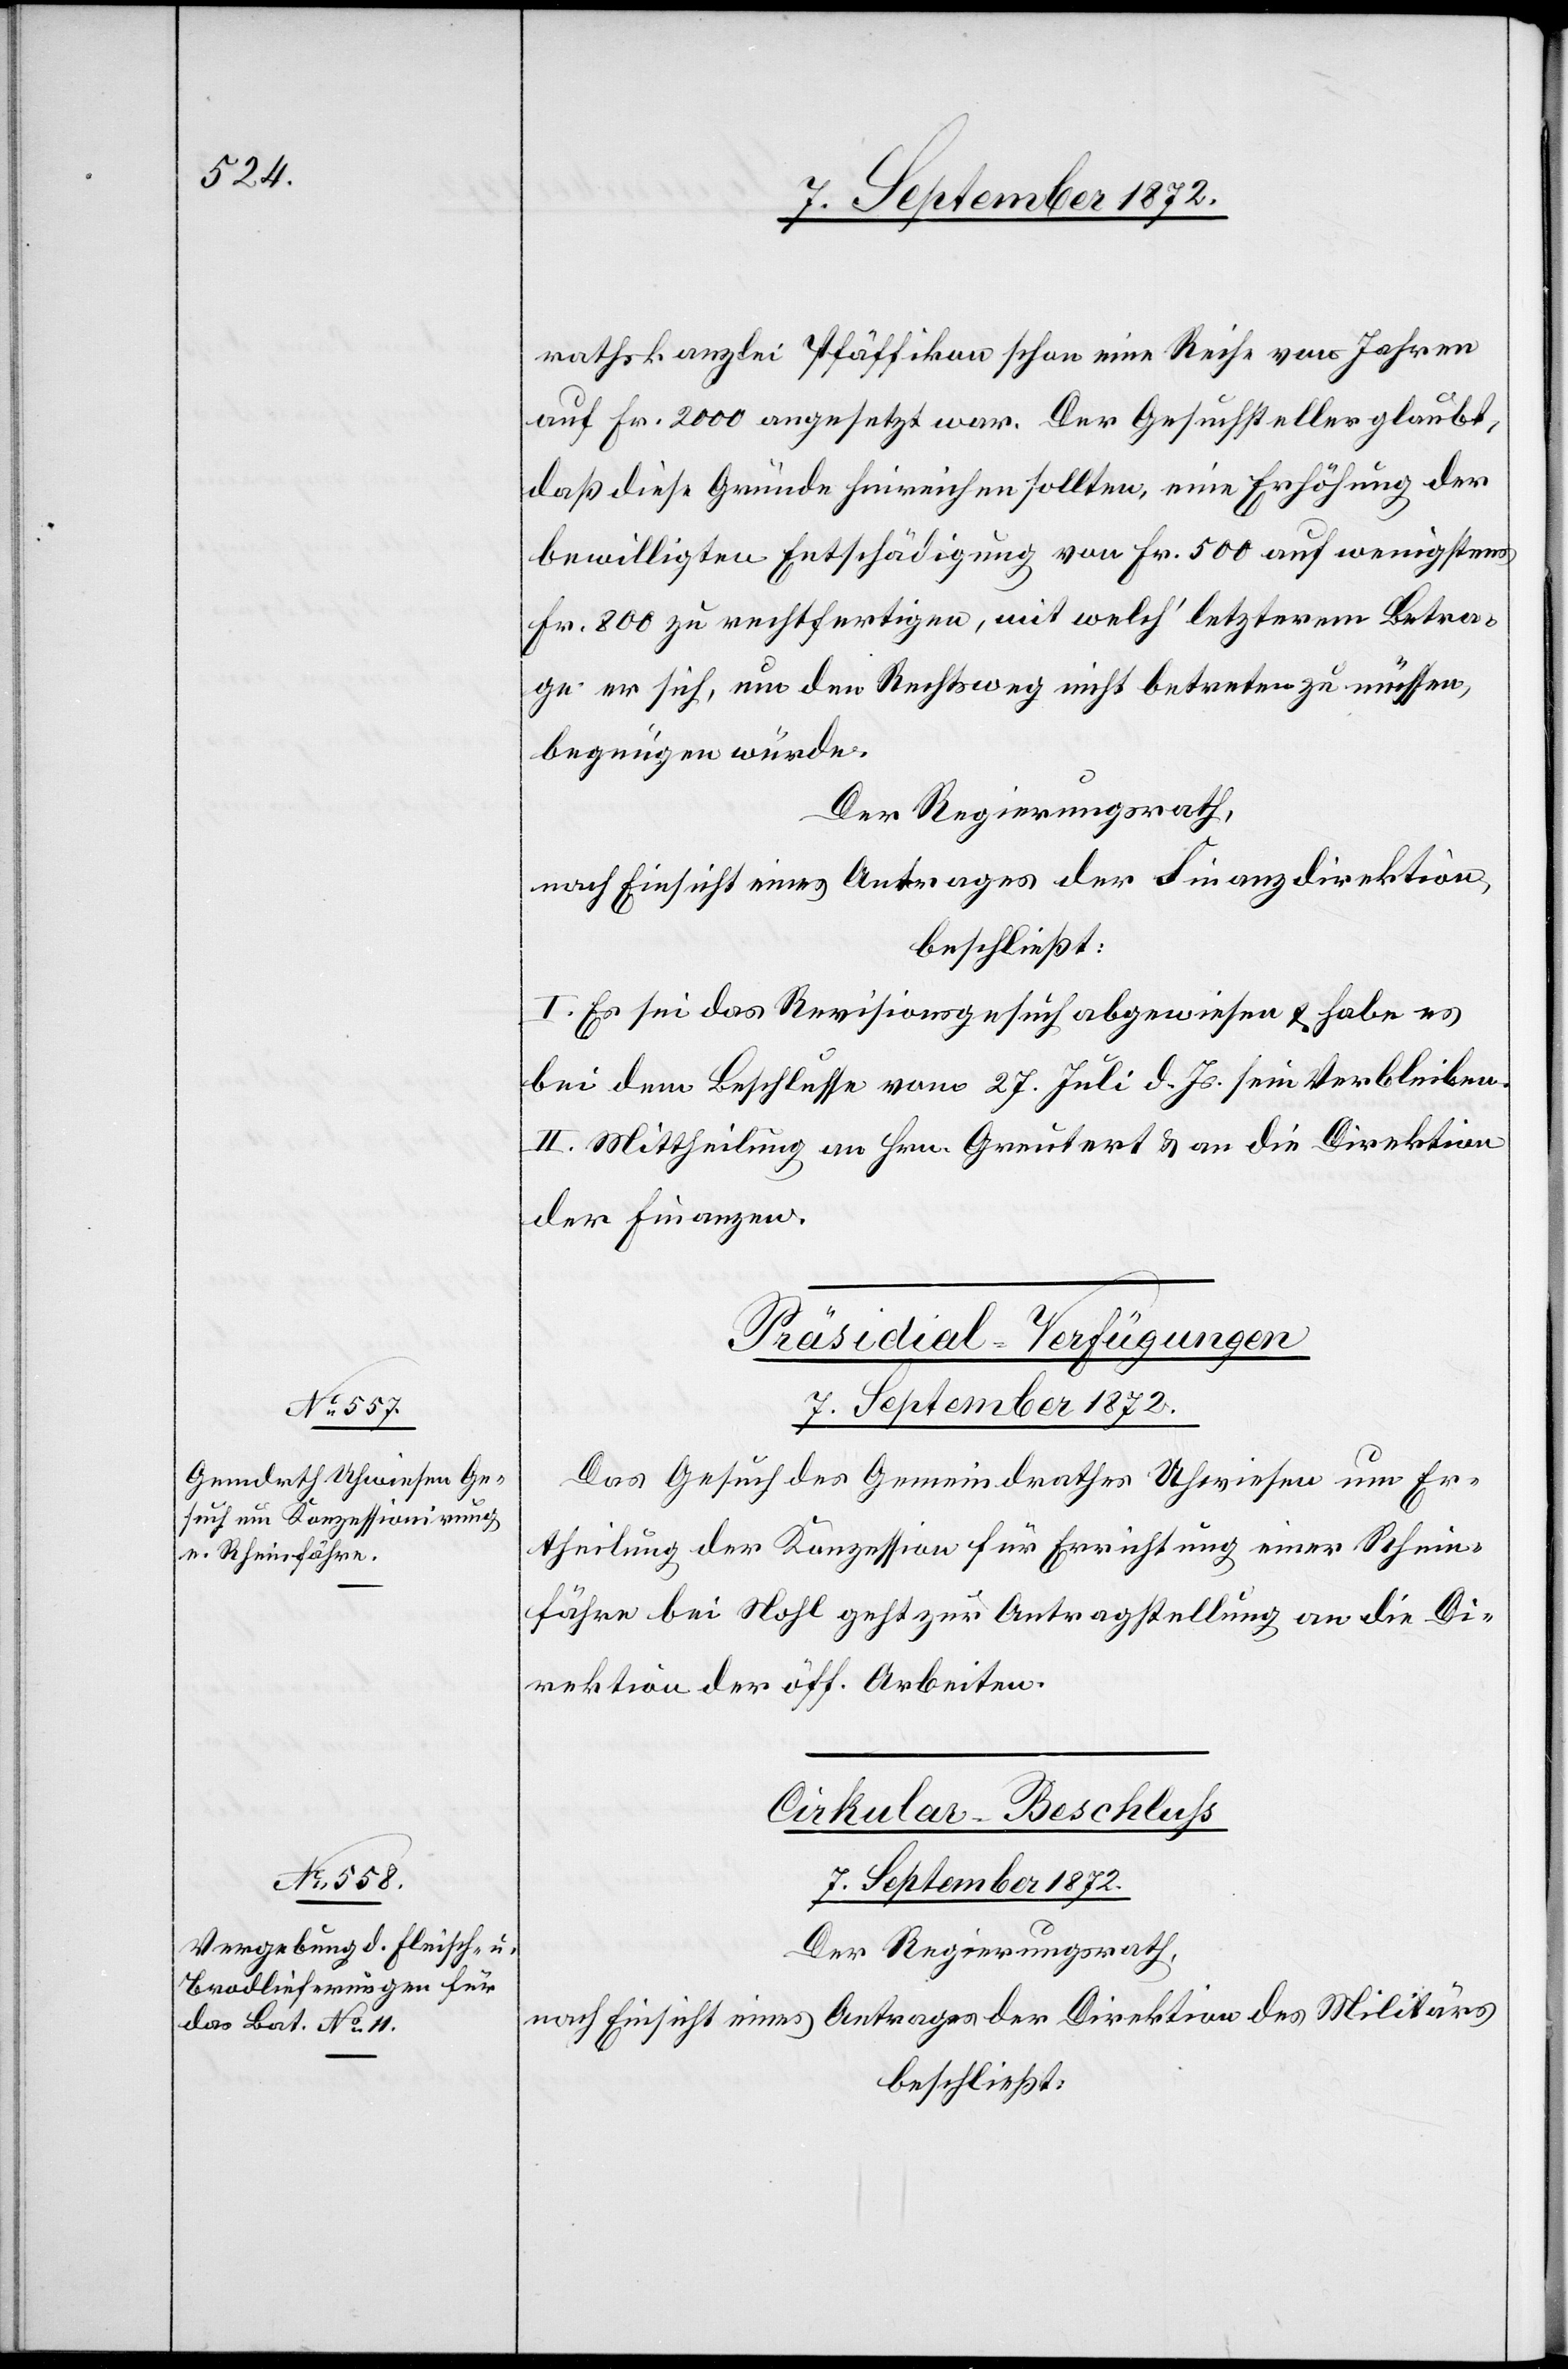
rathskanzlei Pfäffikon schon eine Reihe von Jahren
auf Fr. 2000 angesetzt war. Der Gesuchsteller glaubt,
daß diese Gründe hinreichen sollten, eine Erhöhung der
bewilligten Entschädigung von Fr. 500 auf wenigstens
Fr. 800 zu rechtfertigen, mit welch’ letzterem Betra¬
ge er sich, um den Rechtsweg nicht betreten zu müssen,
begnügen würde.
Der Regierungsrath,
nach Einsicht eines Antrages der Finanzdirektion,
beschließt:
I. Es sei das Revisionsgesuch abgewiesen u. habe es
bei dem Beschlusse vom 27. Juli d. Js. sein Verbleiben.
II. Mittheilung an Hrn. Greutert u. an die Direktion
der Finanzen.
Präsidial-Verfügungen
7. September 1872.
Das Gesuch des Gemeindrathes Uhwiesen um Er¬
theilung der Konzession für Errichtung einer Rhein¬
fähre bei Nohl geht zur Antragstellung an die Di¬
rektion der öff. Arbeiten.
Cirkular-Beschluß
Der Regierungsrath,
nach Einsicht eines Antrages der Direktion des Militärs
beschließt: